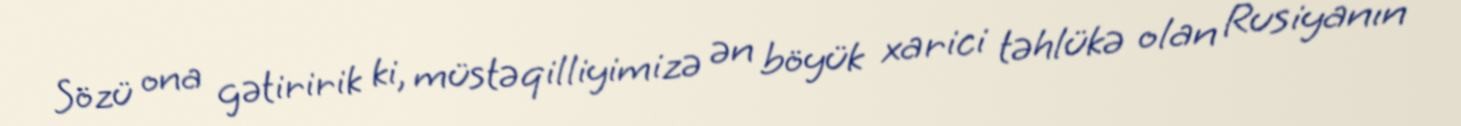
Sözü ona gətiririk ki, müstəqilliyimizə ən böyük xarici təhlükə olan Rusiyanın